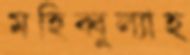
মহিব্বুল্যাহ